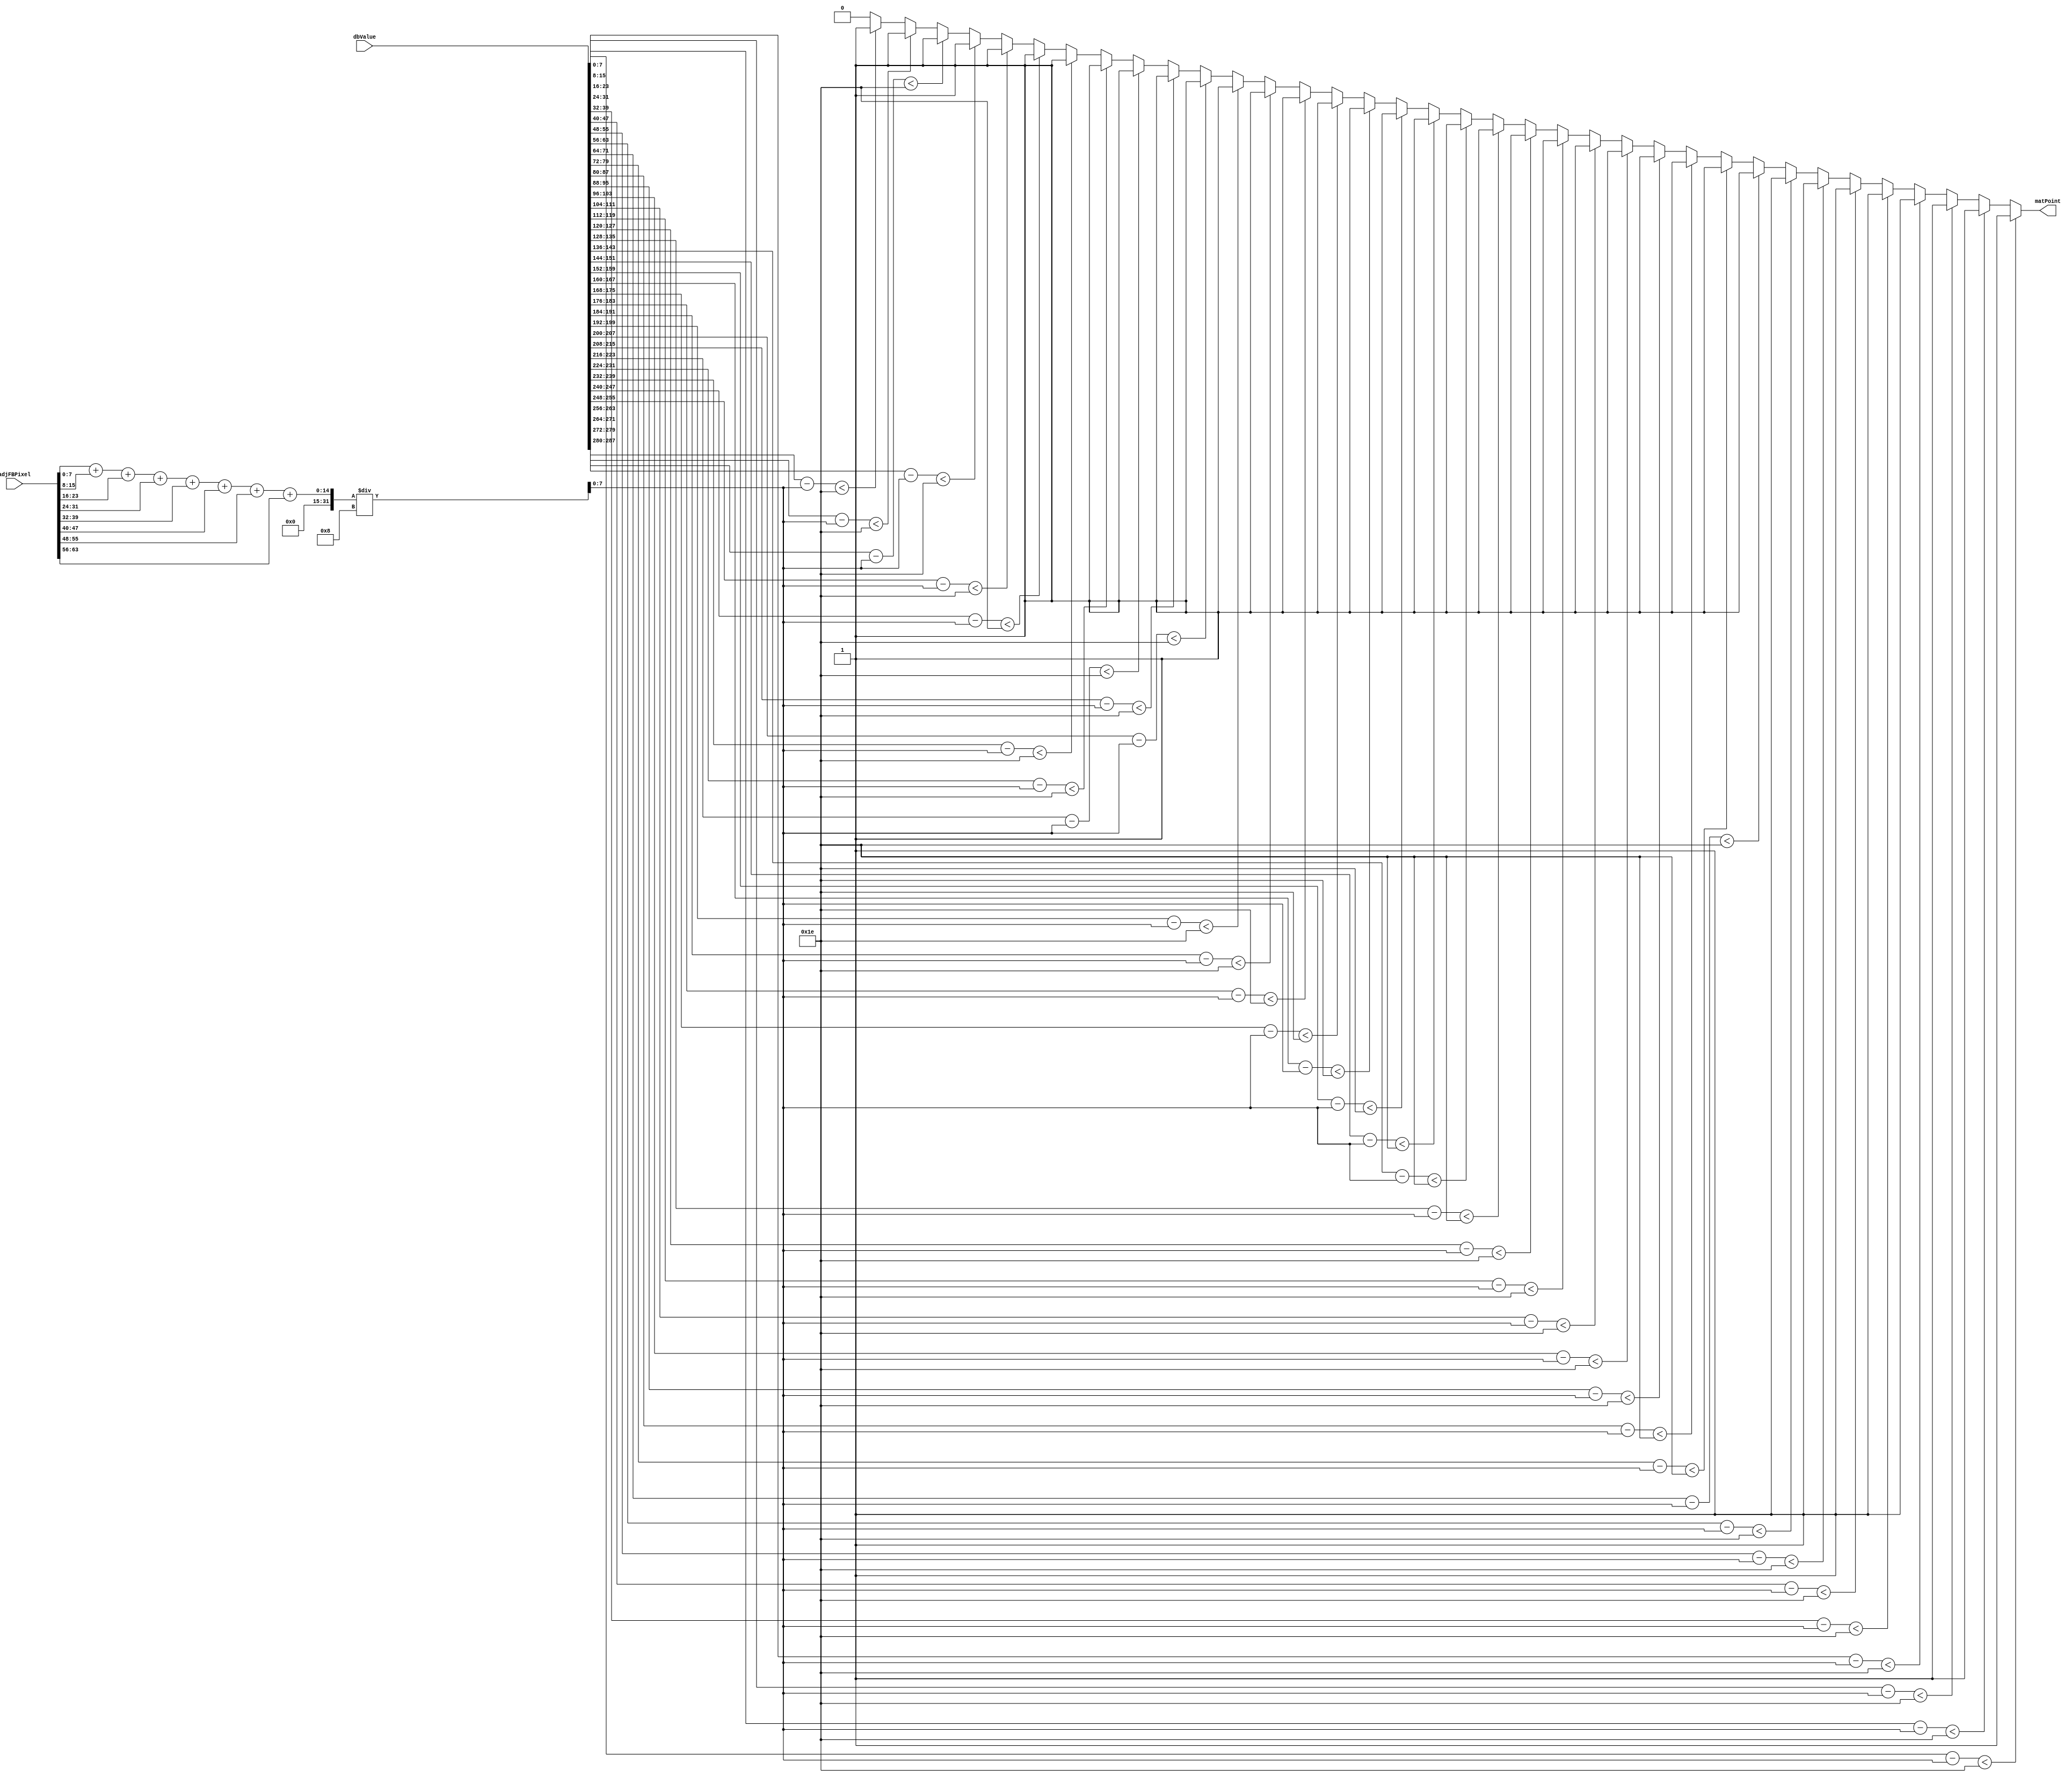
module Mat_Datapath (adjFBPixel, dbValue, matPoint);
	input [63:0] adjFBPixel; //  8  
	input [287:0] dbValue; // DB 
	output matPoint; //  

	wire [7:0] refAvg; //   
	wire [7:0] threshold; // 
	
	//  
	assign threshold = 8'd30;
	
	//   
	assign refAvg = 
		(adjFBPixel[7:0] +
		adjFBPixel[15:8] +
		adjFBPixel[23:16] +
		adjFBPixel[31:24] +
		adjFBPixel[39:32] +
		adjFBPixel[47:40] +
		adjFBPixel[55:48] +
		adjFBPixel[63:56]) / 8;
	
	//    threshold         
	assign matPoint =
		(dbValue[7:0] - refAvg < threshold) ? 1'b1 :
		(dbValue[15:8] - refAvg < threshold) ? 1'b1 :
		(dbValue[23:16] - refAvg < threshold) ? 1'b1 :
		(dbValue[31:24] - refAvg < threshold) ? 1'b1 :
		(dbValue[39:32] - refAvg < threshold) ? 1'b1 :
		(dbValue[47:40] - refAvg < threshold) ? 1'b1 :
		(dbValue[55:48] - refAvg < threshold) ? 1'b1 :
		(dbValue[63:56] - refAvg < threshold) ? 1'b1 :
		(dbValue[71:64] - refAvg < threshold) ? 1'b1 :
		(dbValue[79:72] - refAvg < threshold) ? 1'b1 :
		(dbValue[87:80] - refAvg < threshold) ? 1'b1 :
		(dbValue[95:88] - refAvg < threshold) ? 1'b1 :
		(dbValue[103:96] - refAvg < threshold) ? 1'b1 :
		(dbValue[111:104] - refAvg < threshold) ? 1'b1 :
		(dbValue[119:112] - refAvg < threshold) ? 1'b1 :
		(dbValue[127:120] - refAvg < threshold) ? 1'b1 :
		(dbValue[135:128] - refAvg < threshold) ? 1'b1 :
		(dbValue[143:136] - refAvg < threshold) ? 1'b1 :
		(dbValue[151:144] - refAvg < threshold) ? 1'b1 :
		(dbValue[159:152] - refAvg < threshold) ? 1'b1 :
		(dbValue[167:160] - refAvg < threshold) ? 1'b1 :
		(dbValue[175:168] - refAvg < threshold) ? 1'b1 :
		(dbValue[183:176] - refAvg < threshold) ? 1'b1 :
		(dbValue[191:184] - refAvg < threshold) ? 1'b1 :
		(dbValue[199:192] - refAvg < threshold) ? 1'b1 :
		(dbValue[207:200] - refAvg < threshold) ? 1'b1 :
		(dbValue[215:208] - refAvg < threshold) ? 1'b1 :
		(dbValue[223:216] - refAvg < threshold) ? 1'b1 :
		(dbValue[231:224] - refAvg < threshold) ? 1'b1 :
		(dbValue[239:232] - refAvg < threshold) ? 1'b1 :
		(dbValue[247:240] - refAvg < threshold) ? 1'b1 :
		(dbValue[255:248] - refAvg < threshold) ? 1'b1 :
		(dbValue[263:256] - refAvg < threshold) ? 1'b1 :
		(dbValue[271:264] - refAvg < threshold) ? 1'b1 :
		(dbValue[279:272] - refAvg < threshold) ? 1'b1 :
		(dbValue[287:280] - refAvg < threshold) ? 1'b1 : 1'b0;
endmodule